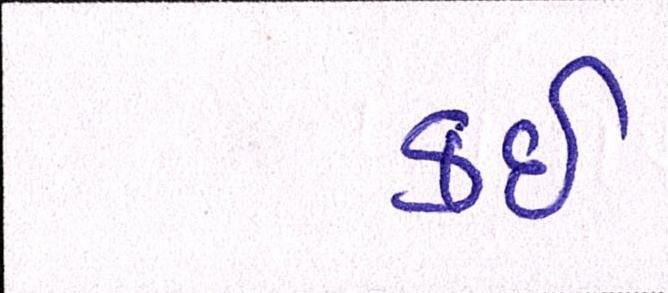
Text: કઇ